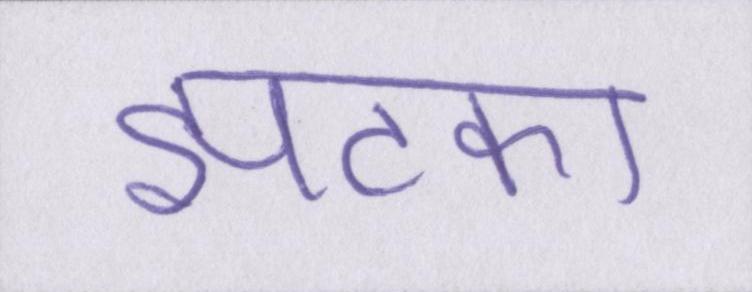
झटका